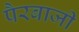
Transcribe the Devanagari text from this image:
पैरबाजी